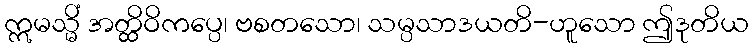
ဣမသ္မိံ အတ္ထိဝိကပ္ပေ၊ ဗစတသော၊ သမ္ပသာဒယတိ-ဟူသော ဤဒုတိယ